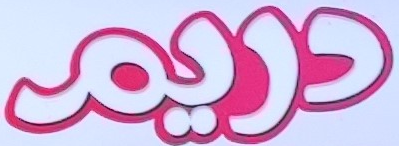
دريم